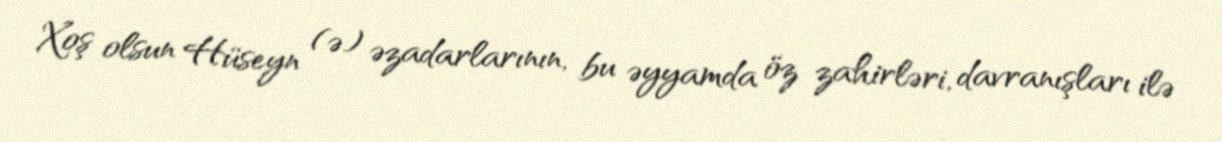
Xoş olsun Hüseyn (ə) əzadarlarının, bu əyyamda öz zahirləri, davranışları ilə